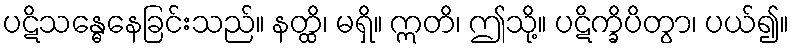
ပဋိသန္ဓေနေခြင်းသည်။ နတ္ထိ၊ မရှိ။ ဣတိ၊ ဤသို့။ ပဋိက္ခိပိတွာ၊ ပယ်၍။